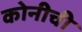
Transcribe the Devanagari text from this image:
कोनीची